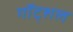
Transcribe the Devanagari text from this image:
गॉट्शल